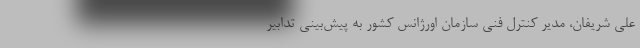
علی شریفان، مدیر کنترل فنی سازمان اورژانس کشور به پیش‌بینی تدابیر